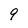
Character: 9